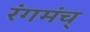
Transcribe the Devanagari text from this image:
रंगमंच्